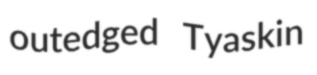
outedged Tyaskin